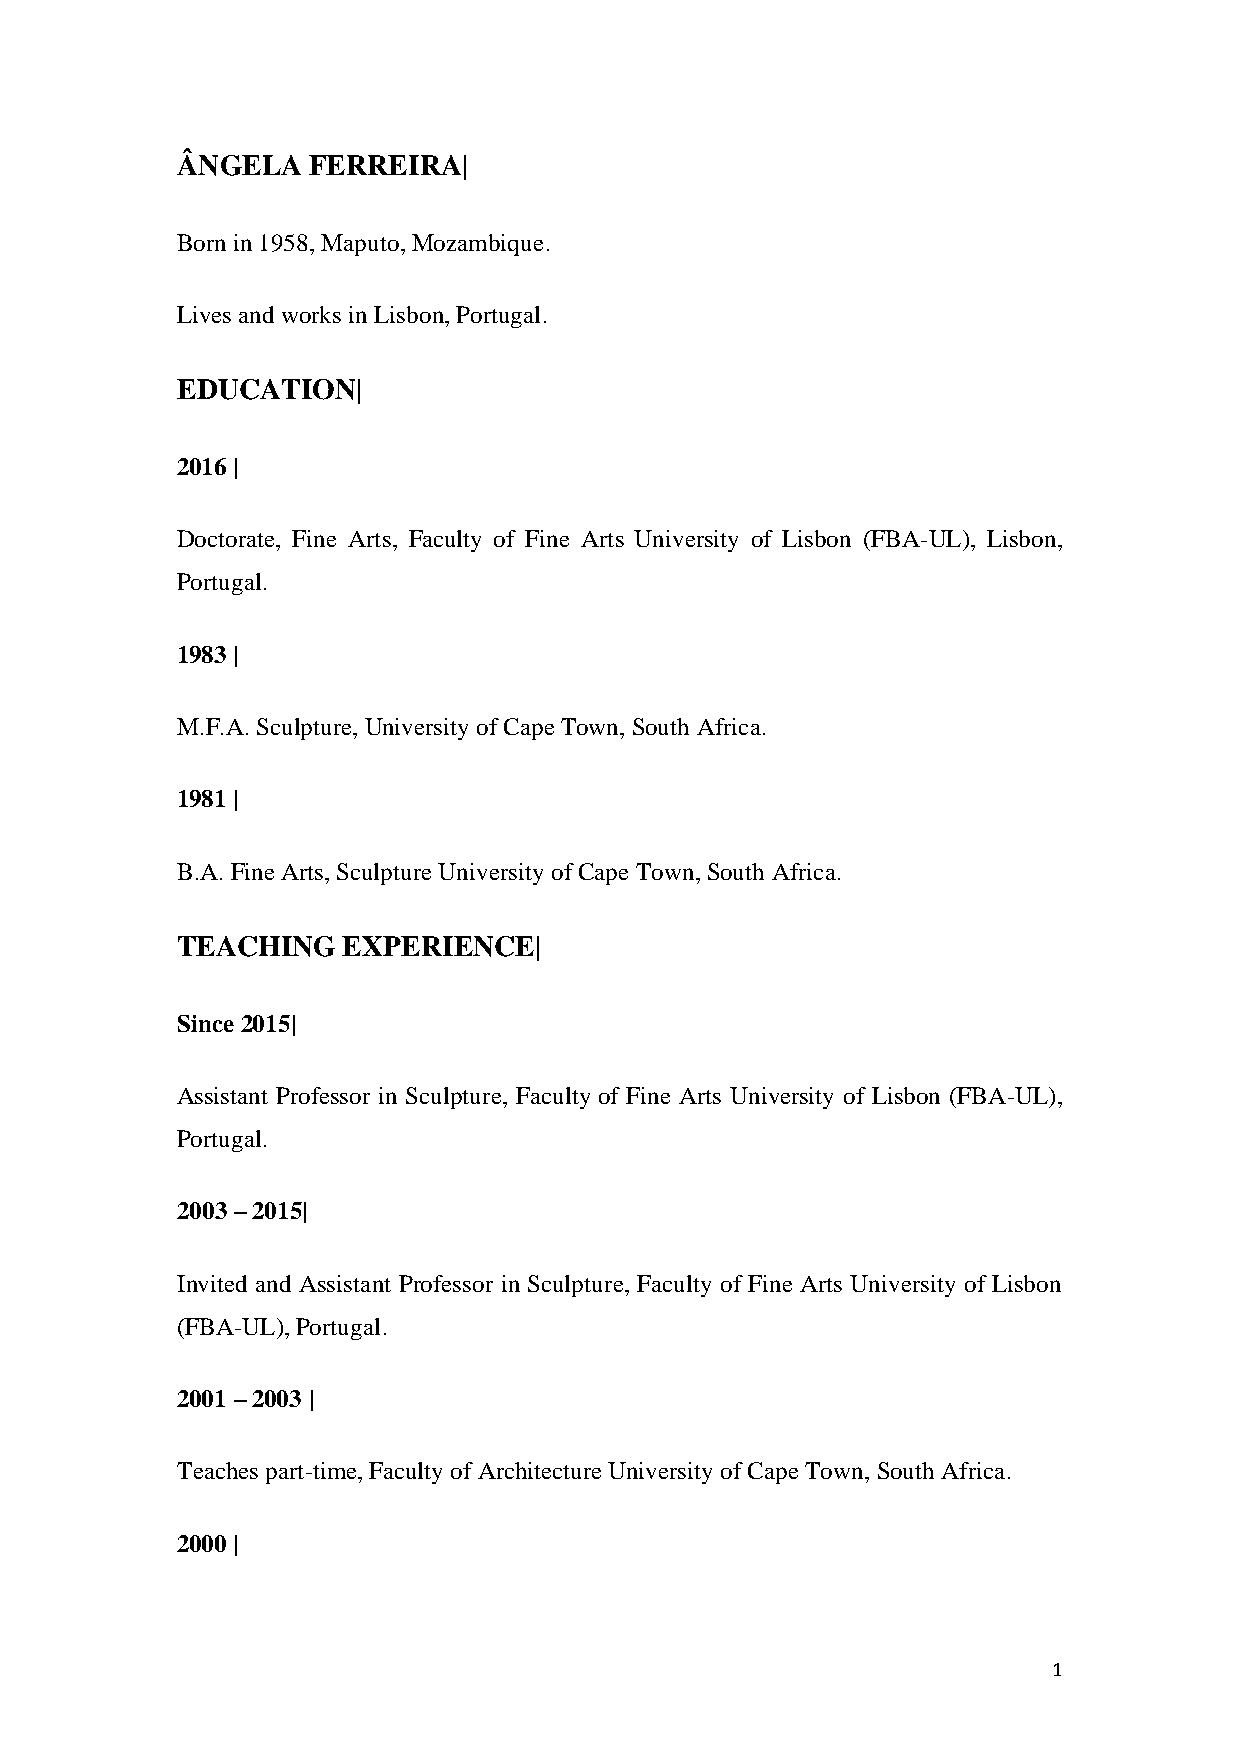
ÂNGELA  FERREIRA|
 Born in 1958, Maputo, Mozambique.
 Lives and works in Lisbon, Portugal.
 EDUCATION|
 2016 |
 Doctorate, Fine Arts, Faculty of Fine Arts University of Lisbon (FBA-UL), Lisbon,
 Portugal.
 1983 |
 M.F.A. Sculpture, University of Cape Town, South Africa.
 1981 |
 B.A. Fine Arts, Sculpture University of Cape Town, South Africa.
 TEACHING   EXPERIENCE|
 Since 2015|
 Assistant Professor in Sculpture, Faculty of Fine Arts University of Lisbon (FBA-UL),
 Portugal.
 2003 – 2015|
 Invited and Assistant Professor in Sculpture, Faculty of Fine Arts University of Lisbon
 (FBA-UL), Portugal.
 2001 – 2003 |
 Teaches part-time, Faculty of Architecture University of Cape Town, South Africa.
 2000 |
 1